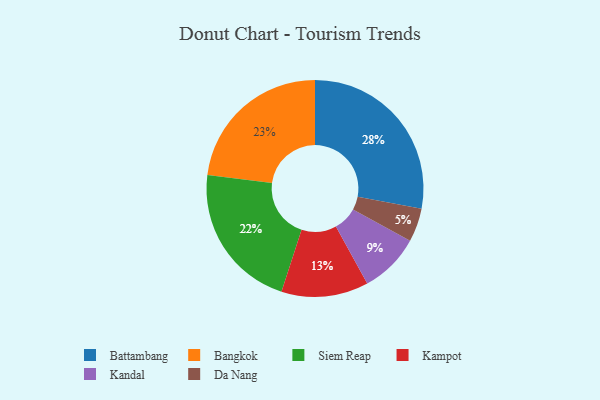
{"axis": {"x": "Category", "y": "Percentage"}, "legend": ["Bangkok", "Battambang", "Da Nang", "Kampot", "Kandal", "Siem Reap"], "data": [{"x": "Bangkok", "y": 23, "type": "Bangkok"}, {"x": "Kampot", "y": 13, "type": "Kampot"}, {"x": "Kandal", "y": 9, "type": "Kandal"}, {"x": "Battambang", "y": 28, "type": "Battambang"}, {"x": "Siem Reap", "y": 22, "type": "Siem Reap"}, {"x": "Da Nang", "y": 5, "type": "Da Nang"}]}